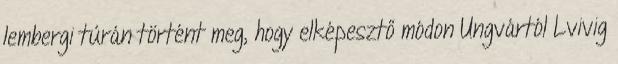
lembergi túrán történt meg, hogy elképesztő módon Ungvártól Lvivig